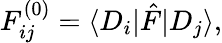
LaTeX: F_{ij}^{(0)}=\langle D_{i}|\hat{F}|D_{j}\rangle,